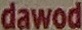
dawod